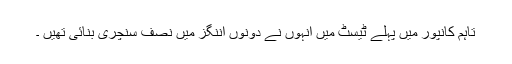
تاہم کانپور میں پہلے ٹیسٹ میں انہوں نے دونوں اننگز میں نصف سنچری بنائی تھیں ۔